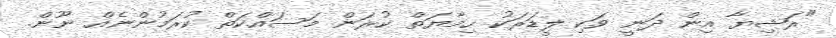
"ރަޝިޔާ އިން ދަނީ ވަކި ލީޑަރަކު ހިމާޔަތް ކުރަން މަސައްކަތް ކުރަމުންނެއް ނޫން.